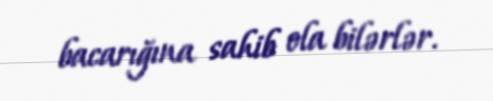
bacarığına sahib ola bilərlər.